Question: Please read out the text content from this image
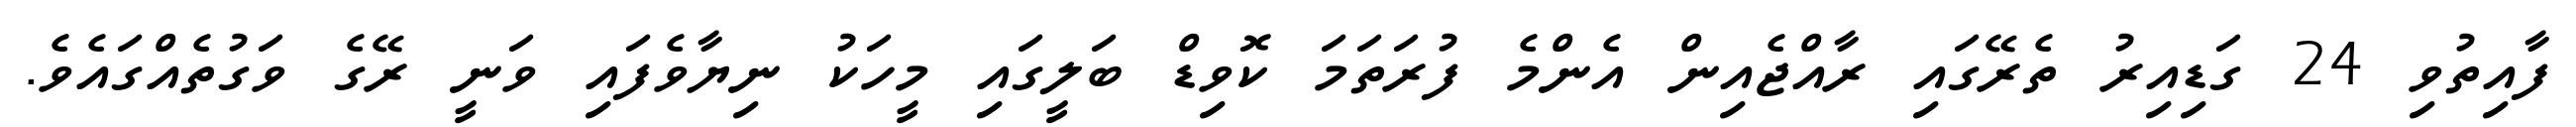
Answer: ފާއިތުވި 24 ގަޑިއިރު ތެރޭގައި ރާއްޖެއިން އެންމެ ފުރަތަމަ ކޮވިޑް ބަލީގައި މީހަކު ނިޔާވެފައި ވަނީ ރޭގެ ވަގުތެއްގައެވެ.